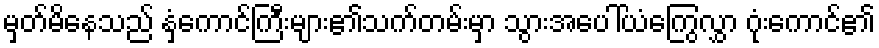
မှတ်မိနေသည် နှံကောင်ကြီးများ၏သက်တမ်းမှာ သွားအပေါ်ယံကြွေလွှာ ဂုံးကောင်၏